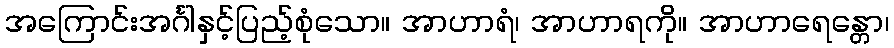
အကြောင်းအင်္ဂါနှင့်ပြည့်စုံသော။ အာဟာရံ၊ အာဟာရကို။ အာဟာရေန္တော၊